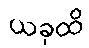
ယခုထိ